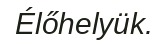
Élőhelyük.